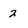
Character: 2